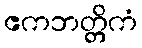
ဧကဘတ္တိကံ